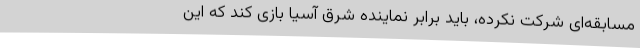
مسابقه‌ای شرکت نکرده، باید برابر نماینده شرق آسیا بازی کند که این